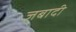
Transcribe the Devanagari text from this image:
ज़बादी